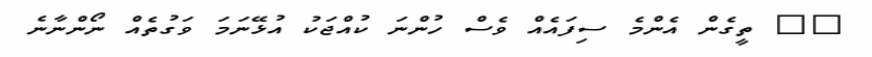
?? ތީގެން އެންމެ ސިފައެއް ވެސް ހުންނަ ކުއްޖަކު އުޅޭނަމަ ވަގުތެއް ނޯންނާނެ